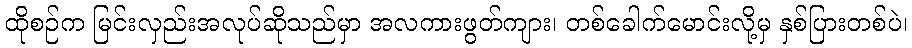
ထိုစဉ်က မြင်းလှည်းအလုပ်ဆိုသည်မှာ အလကားဖွတ်ကျား၊ တစ်ခေါက်မောင်းလို့မှ နှစ်ပြားတစ်ပဲ၊